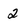
Character: 2